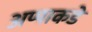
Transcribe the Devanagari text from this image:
अप्पाकडे